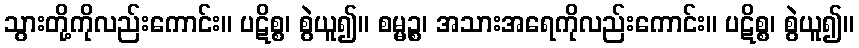
သွားတို့ကိုလည်းကောင်း။ ပဋိစ္စ၊ စွဲယူ၍။ စမ္မဉ္စ၊ အသားအရေကိုလည်းကောင်း။ ပဋိစ္စ၊ စွဲယူ၍။